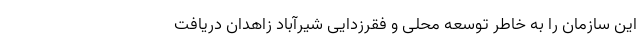
این سازمان را به خاطر توسعه محلى و فقرزدایى شیرآباد زاهدان دریافت